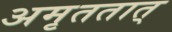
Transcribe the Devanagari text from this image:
अमृततात्